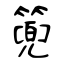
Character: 篼